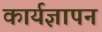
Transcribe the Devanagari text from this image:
कार्यज्ञापन